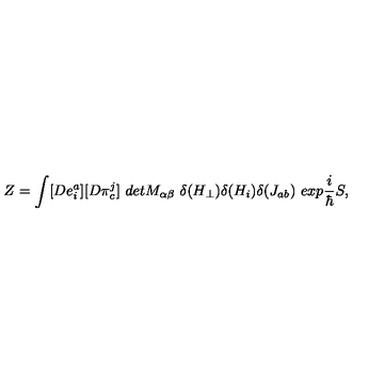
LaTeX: Z = \int [ D e _ { i } ^ { a } ] [ D \pi _ { c } ^ { j } ] \ d e t M _ { \alpha \beta } \ \delta ( H _ { \perp } ) \delta ( H _ { i } ) \delta ( J _ { a b } ) \ e x p \frac { i } { \hbar } S ,